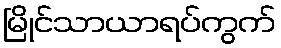
မြိုင်သာယာရပ်ကွက်